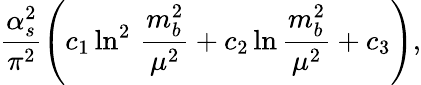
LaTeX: \frac{\alpha_{s}^{2}}{\pi^{2}}\left(c_{1}\ln^{2}\, \frac{m_{b}^{2}}{\mu^{2}}+c_{2}\ln\frac{m_{b}^{2}}{\mu^{2}}+c_{3}\right),